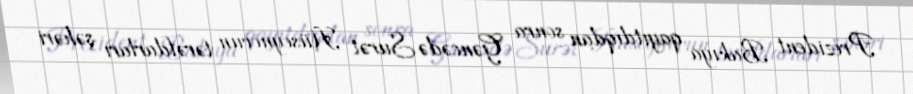
Prezident Bakıya qayıtdıqdan sonra Gəncədə Surət Hüseynovun tərəfdarları şəhəri